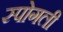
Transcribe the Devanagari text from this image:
स्पोगली